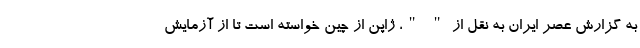
به گزارش عصر ایران به نقل از " "، ژاپن از چین خواسته است تا از آزمایش